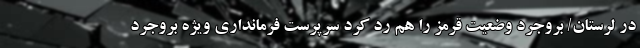
در لرستان/ بروجرد وضعیت قرمز را هم رد کرد سرپرست فرمانداری ویژه بروجرد